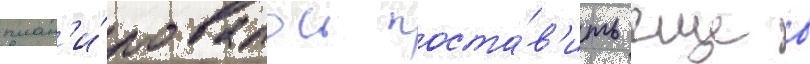
план'и́ровалось поста́в'ить еще в